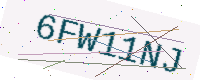
Text: 6FW11NJ